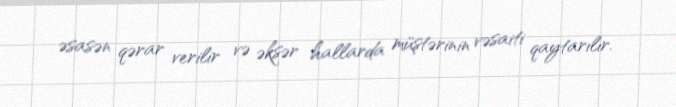
əsasən qərar verilir və əksər hallarda müştərinin vəsaiti qaytarılır.